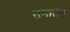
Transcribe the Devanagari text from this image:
समातेल